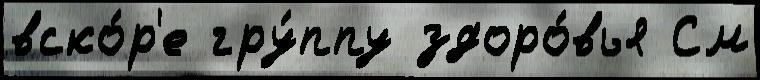
вско́р'е гру́ппу здоро́вья См